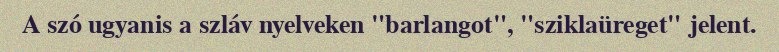
A szó ugyanis a szláv nyelveken "barlangot", "sziklaüreget" jelent.